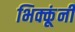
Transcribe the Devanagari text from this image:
भिक्कूंनी